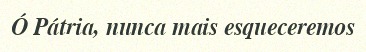
Ó Pátria, nunca mais esqueceremos